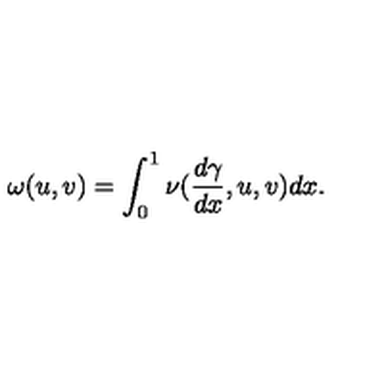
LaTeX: \omega ( u , v ) = \int _ { 0 } ^ { 1 } \nu ( \frac { d \gamma } { d x } , u , v ) d x .